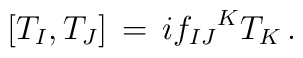
[ T_{I} , T_{J} ] \, = \, i {f_{IJ}}^{K} T_{K} \, .